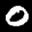
Label: 0